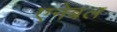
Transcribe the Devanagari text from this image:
एनेबल